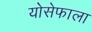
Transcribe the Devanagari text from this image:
योसेफाला